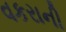
વકરાની